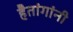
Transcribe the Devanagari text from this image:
हैतांगांनी